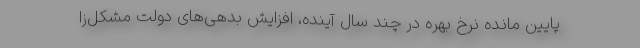
پایین مانده نرخ بهره در چند سال آینده، افزایش بدهی‌های دولت مشکل‌زا